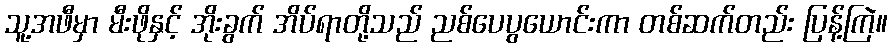
သူ့အဖီမှာ မီးဖိုနှင့် အိုးခွက် အိပ်ရာတို့သည် ညစ်ပေပွယောင်းကာ တစ်ဆက်တည်း ပြန့်ကြဲ။